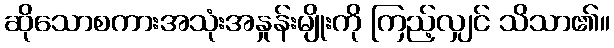
ဆိုသောစကားအသုံးအနှုန်းမျိုးကို ကြည့်လျှင် သိသာ၏။